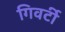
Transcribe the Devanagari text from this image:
गिवर्टी